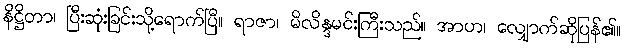
နိဋ္ဌိတာ၊ ပြီးဆုံးခြင်းသို့ရောက်ပြီ။ ရာဇာ၊ မိလိန္ဒမင်းကြီးသည်။ အာဟ၊ လျှောက်ဆိုပြန်၏။